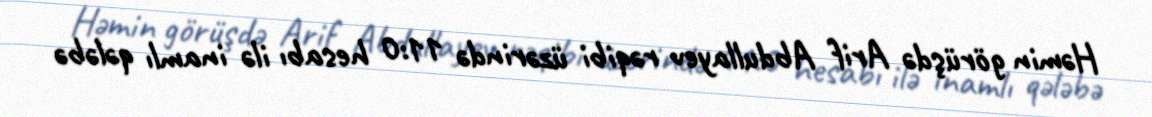
Həmin görüşdə Arif Abdullayev rəqibi üzərində 11:0 hesabı ilə inamlı qələbə